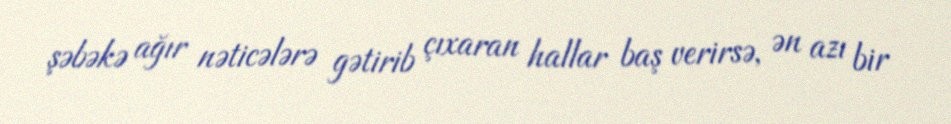
şəbəkə ağır nəticələrə gətirib çıxaran hallar baş verirsə, ən azı bir